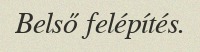
Belső felépítés.